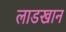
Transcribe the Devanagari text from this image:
लाडखान